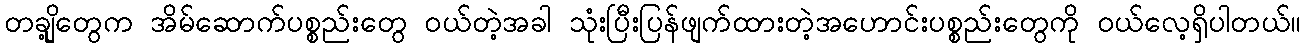
တချို့တွေက အိမ်ဆောက်ပစ္စည်းတွေ ဝယ်တဲ့အခါ သုံးပြီးပြန်ဖျက်ထားတဲ့အဟောင်းပစ္စည်းတွေကို ဝယ်လေ့ရှိပါတယ်။